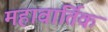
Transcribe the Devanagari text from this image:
महावार्तिक